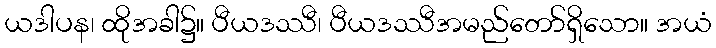
ယဒါပန၊ ထိုအခါ၌။ ပီယဒဿီ၊ ပီယဒဿီအမည်တော်ရှိသော။ အယံ